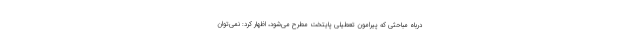
درباه مباحثی که پیرامون تعطیلی پایتخت مطرح می‌شود، اظهار کرد: نمی‌توان